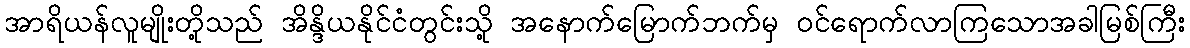
အာရိယန်လူမျိုးတို့သည် အိန္ဒိယနိုင်ငံတွင်းသို့ အနောက်မြောက်ဘက်မှ ဝင်ရောက်လာကြသောအခါမြစ်ကြီး